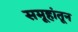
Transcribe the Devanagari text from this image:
समूहांतून